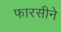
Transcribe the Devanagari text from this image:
फारसीने